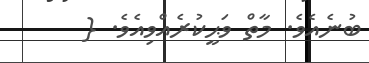
ބުނެއެވެ. މާތް ވަޙީކުރެއްވިއެވެ. {